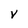
Character: v